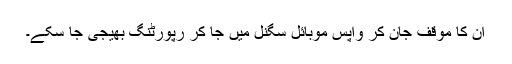
ان کا موقف جان کر واپس موبائل سگنل میں جا کر رپورٹنگ بھیجی جا سکے۔